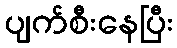
ပျက်စီးနေပြီး